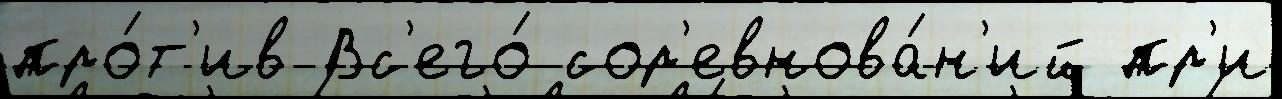
про́т'ив Вс'его́ сор'евнова́н'ий пр'и